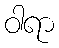
ဝါရာ